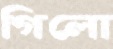
গিলো